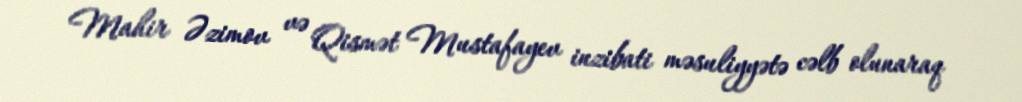
Mahir Əzimov və Qismət Mustafayev inzibati məsuliyyətə cəlb olunaraq